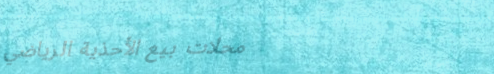
محلات بيع الأحذية الرياضي